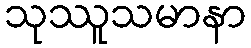
သုဿူသမာနာ